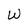
Character: W